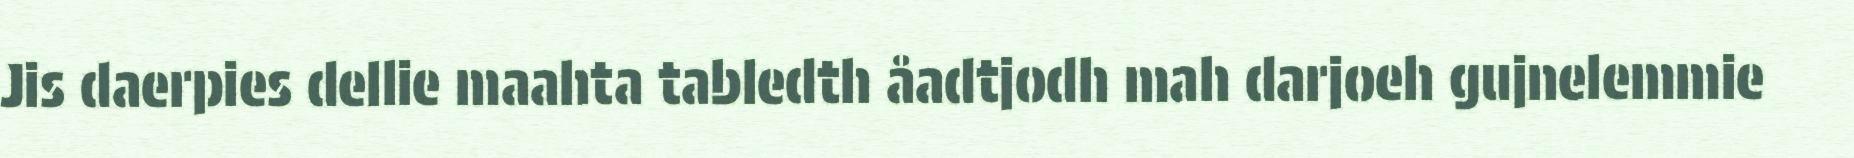
Jis daerpies dellie maahta tabledth åadtjodh mah darjoeh gujnelemmie